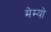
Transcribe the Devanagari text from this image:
मेम्यो